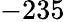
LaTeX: -235